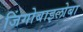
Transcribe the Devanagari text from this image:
जिंगोबाइलोबा